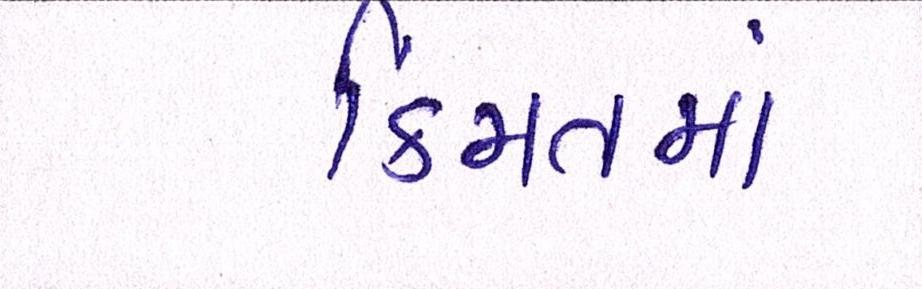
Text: કિંમતમાં